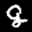
Label: 8